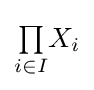
{\textstyle \prod \limits _{i\in I}}X_{i}